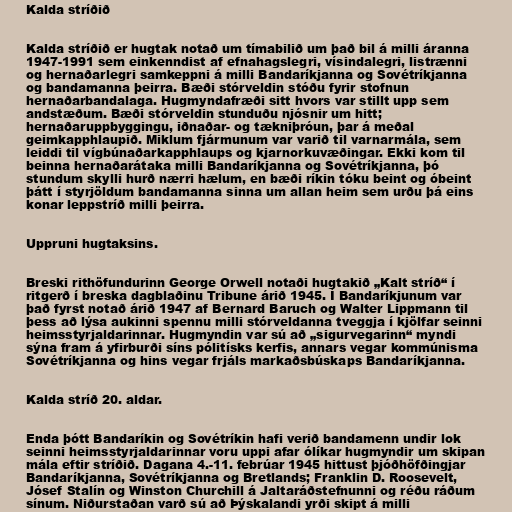
Kalda stríðið

Kalda stríðið er hugtak notað um tímabilið um það bil á milli áranna
1947-1991 sem einkenndist af efnahagslegri, vísindalegri, listrænni
og hernaðarlegri samkeppni á milli Bandaríkjanna og Sovétríkjanna
og bandamanna þeirra. Bæði stórveldin stóðu fyrir stofnun
hernaðarbandalaga. Hugmyndafræði sitt hvors var stillt upp sem
andstæðum. Bæði stórveldin stunduðu njósnir um hitt;
hernaðaruppbyggingu, iðnaðar- og tækniþróun, þar á meðal
geimkapphlaupið. Miklum fjármunum var varið til varnarmála, sem
leiddi til vígbúnaðarkapphlaups og kjarnorkuvæðingar. Ekki kom til
beinna hernaðarátaka milli Bandaríkjanna og Sovétríkjanna, þó
stundum skylli hurð nærri hælum, en bæði ríkin tóku beint og óbeint
þátt í styrjöldum bandamanna sinna um allan heim sem urðu þá eins
konar leppstríð milli þeirra.

Uppruni hugtaksins.

Breski rithöfundurinn George Orwell notaði hugtakið „Kalt stríð“ í
ritgerð í breska dagblaðinu Tribune árið 1945. Í Bandaríkjunum var
það fyrst notað árið 1947 af Bernard Baruch og Walter Lippmann til
þess að lýsa aukinni spennu milli stórveldanna tveggja í kjölfar seinni
heimsstyrjaldarinnar. Hugmyndin var sú að „sigurvegarinn“ myndi
sýna fram á yfirburði síns pólitísks kerfis, annars vegar kommúnisma
Sovétríkjanna og hins vegar frjáls markaðsbúskaps Bandaríkjanna.

Kalda stríð 20. aldar.

Enda þótt Bandaríkin og Sovétríkin hafi verið bandamenn undir lok
seinni heimsstyrjaldarinnar voru uppi afar ólíkar hugmyndir um skipan
mála eftir stríðið. Dagana 4.-11. febrúar 1945 hittust þjóðhöfðingjar
Bandaríkjanna, Sovétríkjanna og Bretlands; Franklin D. Roosevelt,
Jósef Stalín og Winston Churchill á Jaltaráðstefnunni og réðu ráðum
sínum. Niðurstaðan varð sú að Þýskalandi yrði skipt á milli